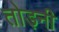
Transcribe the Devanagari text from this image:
तोड़नी